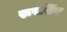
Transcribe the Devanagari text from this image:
रूपसिंग